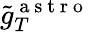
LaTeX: \tilde{g}_{T}^{\mathrm{~a~s~t~r~o~}}